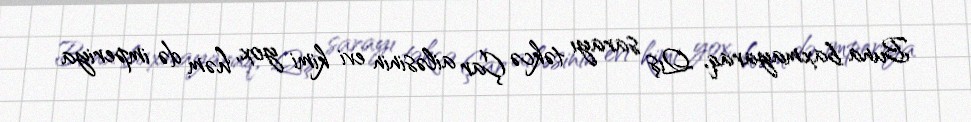
Buna baxmayaraq, Qış sarayı təkcə Çar ailəsinin evi kimi yox, həm də imperiya